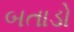
બતાડો